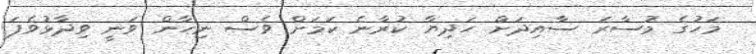
މަހުގެ މުސާރަ ސާއިދަށް ހަދިޔާ ކުރާނެ ކަމަށް ވެސް ނިހާން ވަނީ ވިދާޅުވެފަ